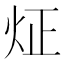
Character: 炡